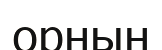
орнын